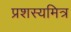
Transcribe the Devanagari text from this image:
प्रशस्यमित्र